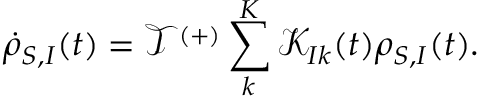
{ { \dot { \rho } } _ { S , I } } ( t ) = { { \mathcal { T } } ^ { ( + ) } } \sum _ { k } ^ { K } { { { \mathcal { K } } _ { I k } } ( t ) { { \rho } _ { S , I } } ( t ) } .